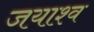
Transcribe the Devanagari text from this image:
जयाश्व